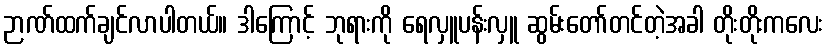
ဉာဏ်ထက်ချင်လာပါတယ်။ ဒါကြောင့် ဘုရားကို ရေလှူပန်းလှူ ဆွမ်းတော်တင်တဲ့အခါ တိုးတိုးကလေး